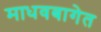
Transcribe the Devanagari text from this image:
माधवबागेत